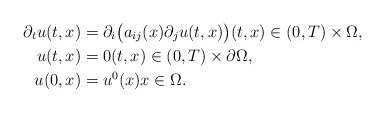
\begin{align*} \partial_{t} u(t, x) &= \partial_{i} \big(a_{ij}(x) \partial_{j} u(t, x)\big) (t, x) \in (0, T) \times \Omega, \\ u(t, x) &= 0 (t, x) \in (0, T) \times \partial \Omega, \\ u(0, x) &= u^{0}(x) x \in \Omega. \end{align*}